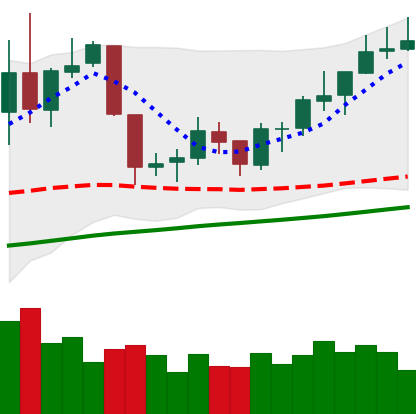
Ticker: NEO-USD
Chart end date: 2019-06-17
Forward return: 22.976%
Label: up_7plus